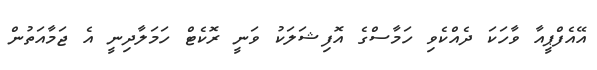
އޭއެފްޕީއާ ވާހަކަ ދެއްކެވި ހަމާސްގެ އޮފިޝަލަކު ވަނީ ރޮކެޓް ހަމަލާދިނީ އެ ޖަމާއަތުން